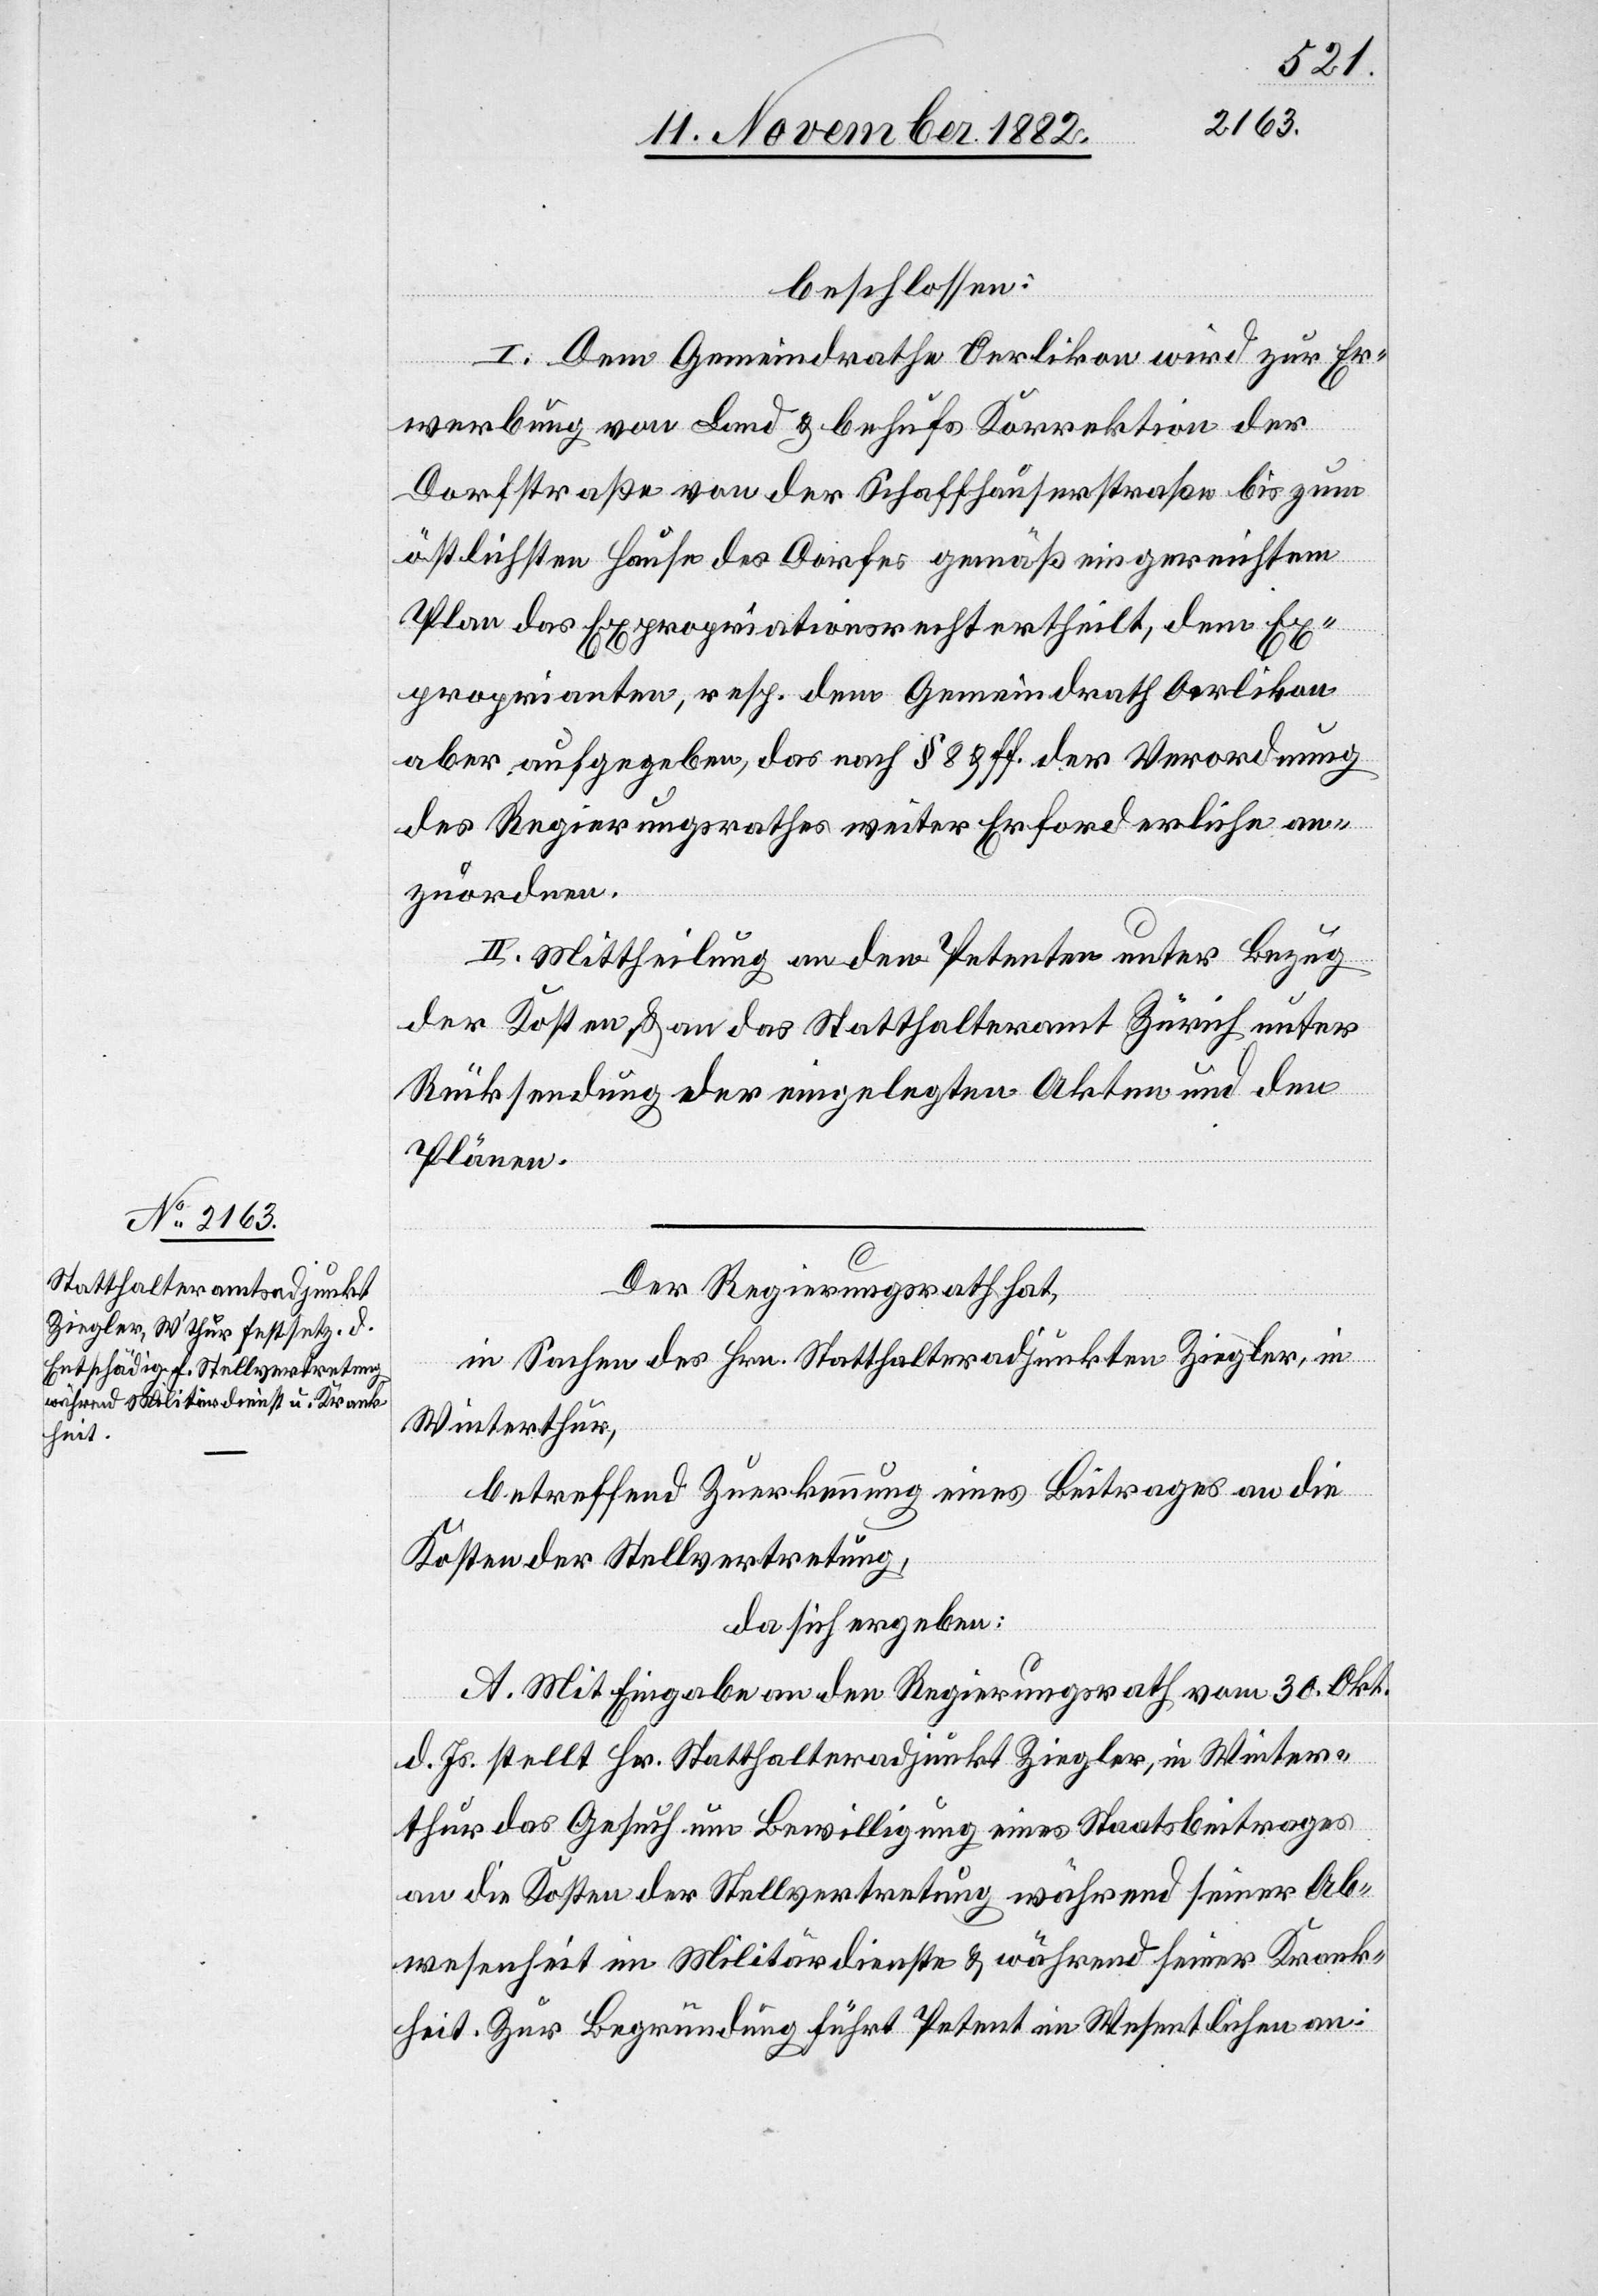
beschlossen:
I. Dem Gemeindrathe Oerlikon wird zur Er¬
werbung von Land & behufs Korrektion der
Dorfstraße von der Schaffhauserstraße bis zum
östlichsten Hause des Dorfes gemäß eingereichtem
Plan das Expropriationsrecht ertheilt, dem Ex¬
proprianten, resp. dem Gemeindrath Oerlikon
aber aufgebgeben, das nach § 8 & ff. der Verordnung
des Regierungsrathes weiter Erforderliche an¬
zuordnen.
II. Mittheilung an den Petenten unter Bezug
der Kosten & an das Statthalteramt Zürich unter
Rücksendung der eingelegten Akten und den
Plänen.
Der Regierungsrath,
in Sachen des Hrn. Statthalteradjunkten Ziegler, in
Winterthur,
betreffend Zuerkennung eines Beitrages an die
Kosten der Stellvertretung,
da sich ergeben:
A. Mit Eingabe an den Regierungsrath vom 30. Okt.
d. Js. stellt Hr. Statthalteradjunkt Ziegler, in Winter¬
thur das Gesuch um Bewilligung eines Staatsbeitrages
an die Kosten der Stellvertretung während seiner Ab¬
wesenheit im Militärdienste & während seiner Krank¬
heit. Zur Begründung führt Petent im Wesentlichen an: